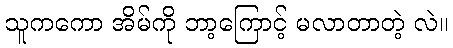
သူကကော အိမ်ကို ဘာ့ကြောင့် မလာတာတဲ့ လဲ။